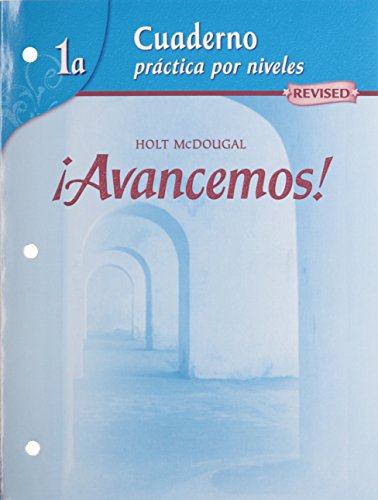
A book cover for ?Avancemos!: Cuaderno: Practica por niveles (Student Workbook) with Review Bookmarks Level 1A (Spanish Edition); MCDOUGAL LITTEL; Teen & Young Adult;